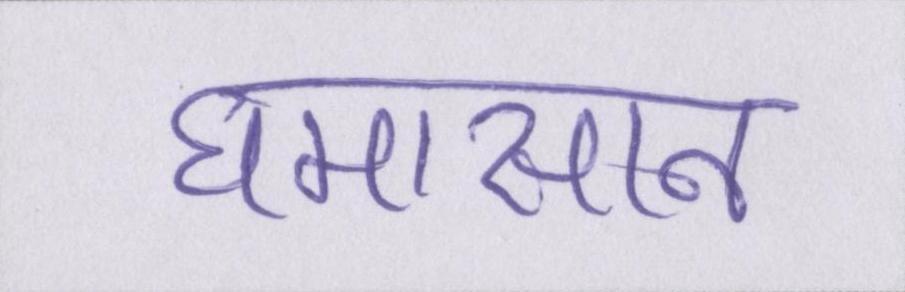
घमासान